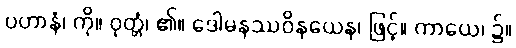
ပဟာနံ၊ ကို။ ဝုတ္တံ၊ ၏။ ဒေါမနဿဝိနယေန၊ ဖြင့်။ ကာယေ၊ ၌။